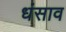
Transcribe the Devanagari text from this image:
धंसाव